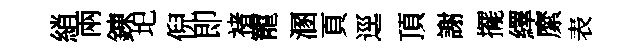
綃兩錬圯倪即禇寵溷頁逕頂謝擺繹縻表